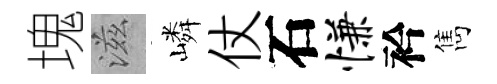
塊滋嶙仗石慊衿雋